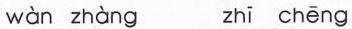
wàn zhàng zhī chēng